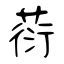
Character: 葕